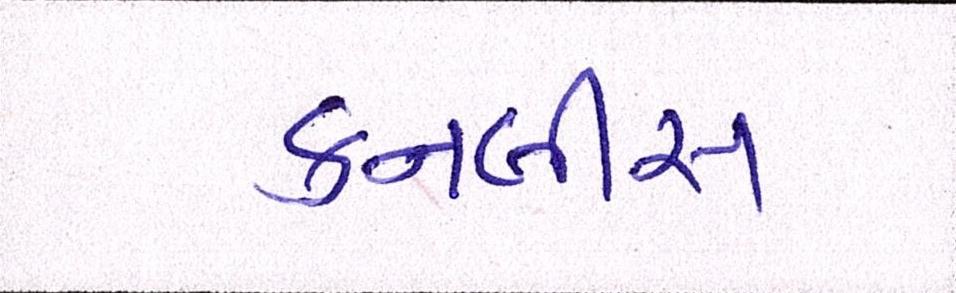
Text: કનબીસ